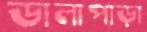
ডালাপাড়া